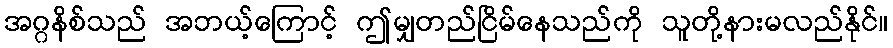
အဂ္ဂနိစ်သည် အဘယ့်ကြောင့် ဤမျှတည်ငြိမ်နေသည်ကို သူတို့နားမလည်နိုင်။